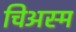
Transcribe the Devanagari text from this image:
चिअस्म